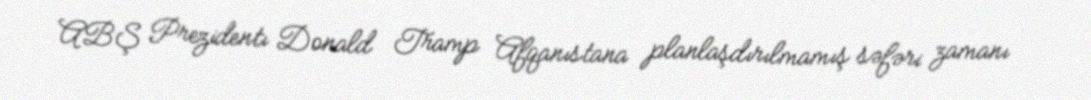
ABŞ Prezidentı Donald Tramp Afqanıstana planlaşdırılmamış səfəri zamanı